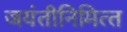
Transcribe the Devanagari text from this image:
जयंतीनिमित्‍त